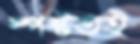
স্পষ্টতই